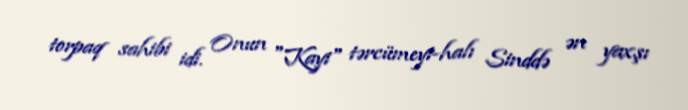
torpaq sahibi idi. Onun "Kayi" tərcümeyi-halı Sinddə ən yaxşı